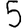
Digit: 5